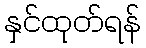
နှင်ထုတ်ရန်